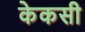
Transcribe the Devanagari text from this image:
केकसी